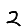
Digit: 2